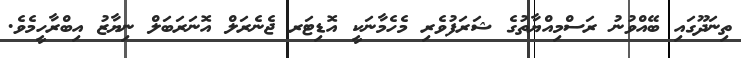
ތިނަދޫގައި ބޭއްވުނު ރަސްމިއްޔާތުގެ ޝަރަފުވެރި މެހެމާނަކީ އޮޑިޓަރ ޖެނެރަލް އޮނަރަބަލް ނިޔާޒު އިބްރާހީމެވެ.